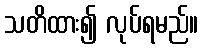
သတိထား၍ လုပ်ရမည်။